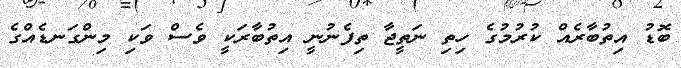
ބޮޑު އިތުބާރެއް ކުރުމުގެ ހިތި ނަތީޖާ ތިފެނުނީ އިތުބާރަކީ ވެސް ވަކި މިންގަނޑެއްގެ